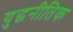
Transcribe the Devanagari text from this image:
युद्धनीतिक